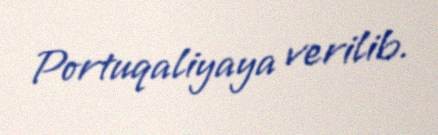
Portuqaliyaya verilib.